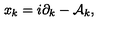
x _ { k } = i \partial _ { k } - { \cal A } _ { k } ,